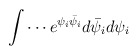
\begin{align*}\int\cdots e^{\psi_i \bar{\psi}_i} d\bar{\psi}_i d\psi_i\end{align*}